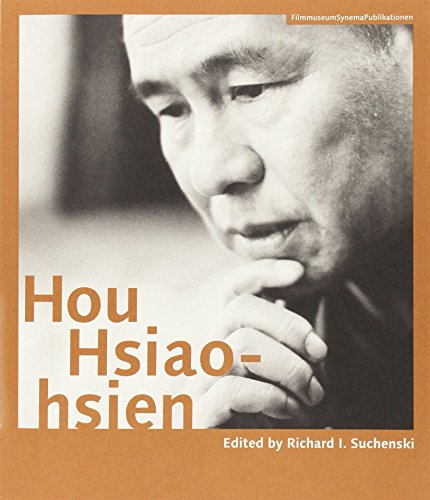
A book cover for Hou Hsiao-hsien (Austrian Film Museum Books); Humor & Entertainment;